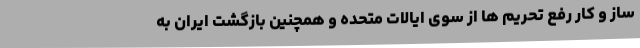
ساز و کار رفع تحریم ها از سوی ایالات متحده و همچنین بازگشت ایران به